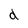
Character: d